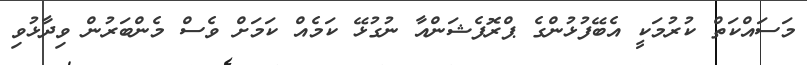
މަސައްކަތް ކުރުމަކީ އެބޭފުޅުންގެ ޕްރޮފެޝަންއާ ނުގުޅޭ ކަމެއް ކަމަށް ވެސް މެންބަރުން ވިދާޅުވި